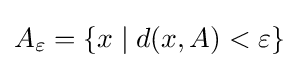
A_{\varepsilon }=\left\{x\mid d(x,A)<\varepsilon \right\}